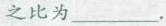
之比为___.